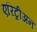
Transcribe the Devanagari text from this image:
एरिट्रीअन